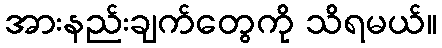
အားနည်းချက်တွေကို သိရမယ်။